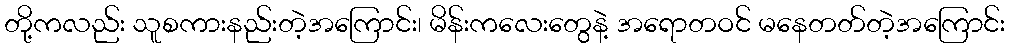
တို့ကလည်း သူစကားနည်းတဲ့အကြောင်း၊ မိန်းကလေးတွေနဲ့ အရောတဝင် မနေတတ်တဲ့အကြောင်း